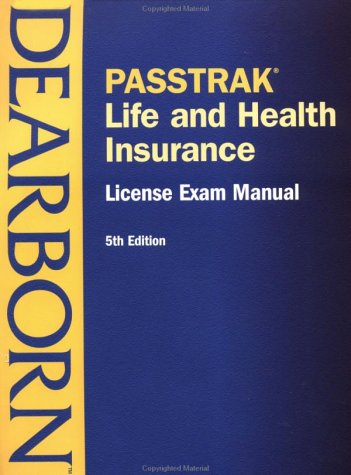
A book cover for PASSTRAK Life and Health Insurance License Exam Manual, Fifth Edition; Dearborn; Business & Money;